Report on vaccination in the Province of Bengal - 1874-1889
Year: 1874
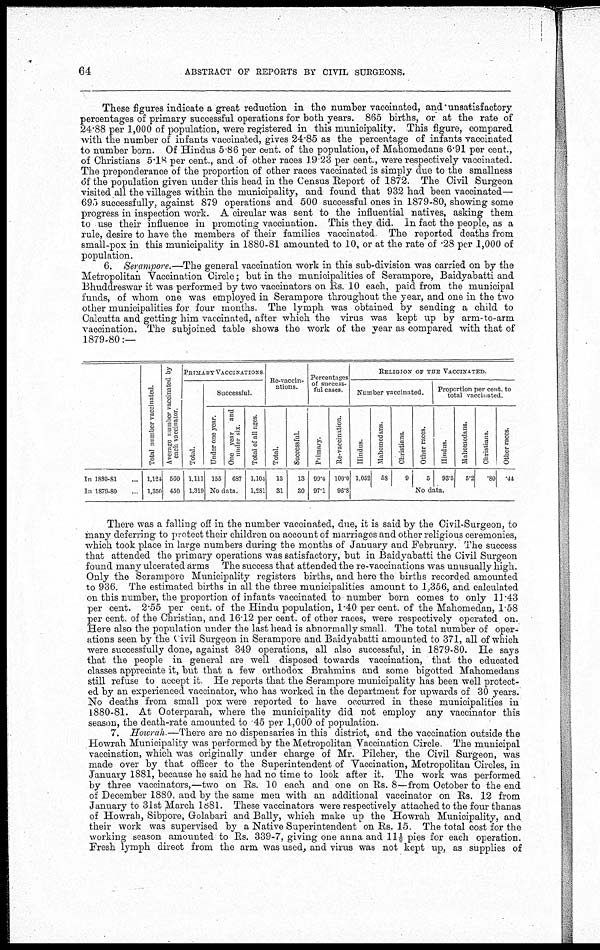
64
ABSTRACT OF REPORTS BY CIVIL SURGEONS.
These figures indicate a great reduction in the number vaccinated, and unsatisfactory
percentages of primary successful operations for both years. 865 births, or at the rate of
24.88 per 1,000 of population, were registered in this municipality. This figure, compared
with the number of infants vaccinated, gives 24.85 as the percentage of infants vaccinated
to number born. Of Hindus 5 86 per cent. of the population, of Mahomedans 6.91 per cent.,
of Christians 5.18 per cent., and of other races 19.23 per cent., were respectively vaccinated.
The preponderance of the proportion of other races vaccinated is simply due to the smallness
of the population given under this head in the Census Report of 1872. The Civil Surgeon
visited all the villages within the municipality, and found that 932 had been vaccinated—
695 successfully, against 879 operations and 500 successful ones in 1879-80, showing some
progress in inspection work. A circular was sent to the influential natives, asking them
to use their influence in promoting vaccination. This they did. In fact the people, as a
rule, desire to have the members of their families vaccinated The reported deaths from
small-pox in this municipality in 1880-81 amounted to 10, or at the rate of .28 per 1,000 of
population.
6. Serampore.—The general vaccination work in this sub-division was carried on by the
Metropolitan Vaccination Circle; but in the municipalities of Serampore, Baidyabatti and
Bhuddreswar it was performed by two vaccinators on Rs. 10 each, paid from the municipal
funds, of whom one was employed in Serampore throughout the year, and one in the two
other municipalities for four months. The lymph was obtained by sending a child to
Calcutta and getting him vaccinated, after which the virus was kept up by arm-to-arm
vaccination. The subjoined table shows the work of the year as compared with that of
1879-80:—
In 1880-81 ...
In 1879-80 ...
Total number vaccinated.
1,124
1,350
Average number vaccinated by
each vaccinator
560
450
PRIMARY VACCINATIONS
Total.
1,111
1,319
Successful
Under one year.
155
One year and
under six.
687
No data.
Total of all ages.
1,104
1,281
Re-vaccin-
ations
Total.
13
31
Successful.
13
30
Percentages
of success-
ful cases.
Primary
99.4
97.1
Re-vaccination
100.0
96.8
RELIGION OF THE VACCINATED.
Number vaccinated.
Hindus.
1,052
Mahomedans
58
Christians.
9
Other races.
5
Proportion per cent. to
total vaccinated
Hindus.
93.5
Mahomedans.
5.2
Christians
80
Other races
.44
No data.
There was a falling off in the number vaccinated, due, it is said by the Civil-Surgeon, to
many deferring to protect their children on account of marriages and other religious ceremonies,
which took place in large numbers during the months of January and February. The success
that attended the primary operations was satisfactory, but in Baidyabatti the Civil Surgeon
found many ulcerated arms The success that attended the re-vaccinations was unusually high.
Only the Serampore Municipality registers births, and here the births recorded amounted
to 936. The estimated births in all the three municipalities amount to 1,356, and calculated
on this number, the proportion of infants vaccinated to number born comes to only 11.43
per cent. 2.55 per cent. of the Hindu population, 1.40 per cent. of the Mahomedan, 1.58
per cent. of the Christian, and 16.12 per cent. of other races, were respectively operated on.
Here also the population under the last head is abnormally small The total number of oper-
ations seen by the Civil Surgeon in Serampore and Baidyabatti amounted to 371, all of which
were successfully done, against 349 operations, all also successful, in 1879-80. He says
that the people in general are well disposed towards vaccination, that the educated
classes appreciate it, but that a few orthodox Brahmins and some bigotted Mahomedans
still refuse to accept it He reports that the Serampore municipality has been well protect-
ed by an experienced vaccinator, who has worked in the department for upwards of 30 years.
No deaths from small pox were reported to have occurred in these municipalities in
1880-81. At Ooterparah, where the municipality did not employ any vaccinator this
season, the death-rate amounted to 45 per 1,000 of population.
7. Howrah —There are no dispensaries in this district, and the vaccination outside the
Howrah Municipality was performed by the Metropolitan Vaccination Circle The municipal
vaccination, which was originally under charge of Mr. Pilcher, the Civil Surgeon, was
made over by that officer to the Superintendent of Vaccination, Metropolitan Circles, in
January 1881, because he said he had no time to look after it. The work was performed
by three vaccinators,—two on Rs. 10 each and one on Rs. 8—from October to the end
of December 1880, and by the same men with an additional vaccinator on Rs. 12 from
January to 31st March 1881. These vaccinators were respectively attached to the four thanas
of Howrah, Sibpore, Golabari and Bally, which make up the Howrah Municipality, and
their work was supervised by a Native Superintendent on Rs. 15. The total cost for the
working season amounted to Rs. 339-7, giving one anna and 11½ pies for each operation.
Fresh lymph direct from the arm was used, and virus was not kept up, as supplies of